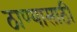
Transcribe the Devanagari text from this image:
ठाण्यासाठी